Report of the Hyderabad Chloroform Commission
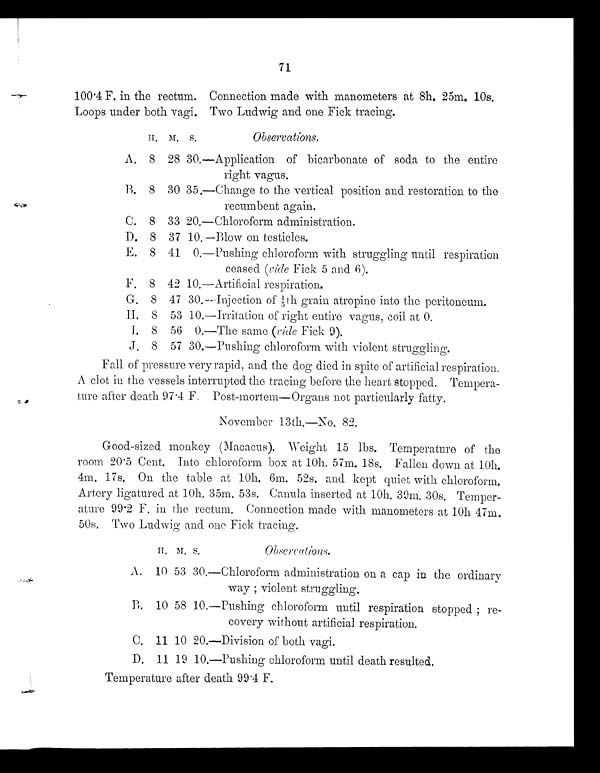
71
100.4 F. in the rectum. Connection made with manometers at 8h, 25m. 10s.
Loops under both vagi. Two Ludwig and one Fick tracing.
H .M. S.
Observations.
A. 8 28 30.—Application of bicarbonate of soda to the entire
right vagus.
B. 8 30 35.—Change to the vertical position and restoration to the
recumbent again.
C. 8 33 20.—Chloroform administration.
D. 8 37 10.—Blow on testicles.
E. 8 41 0.—Pushing chloroform with struggling until respiration
ceased (vide Fick. 5 and 6).
F. 8 42 10.—Artificial respiration.
G. 8 47 30.—Injection of 1/5 th grain atropine into the peritoneum
H.
8 53 10.—Irritation of right entire vagus, coil at 0.
I. 8 56 0.—The same ( vide Fick. 9).
J. 8 57 30.—Pushing chloroform with violent struggling.
Fall of pressure very rapid, and the dog died in spite of artificial respiration.
A clot in the vessels interrupted the tracing before the heart stopped. Tempera-
ture after death 97.4 F. Post-mortem-Organs not particularly fatty.
November 13th.—No. 82.
Good-sized monkey (Macacus). Weight 15 lbs. Temperature of the
room 20.5 Cent. Into chloroform box at 10h. 57m. 18s. Fallen down at 10h.
4m. 17s. On the table at 10h. Gm. 52s. and kept quiet with chloroform.
Artery ligatured at 10h. 35m. 53s. Canula inserted at 10h. 39m. 30s. Temper-
ature 99.2 F. in the rectum. Connection made with manometers at 10h 47m.
50s. Two Ludwig and one Fick tracing.
H . M .
s
O b s e r v a t i o n s .
A. 10 53 30.—Chloroform administration on a cap in the ordinary
way; violent struggling.
B. 10 58 10.—Pushing chloroform until respiration stopped; re-
covery without artificial respiration.
C. 11 10 20.—Division of both vagi.
D. 11 19 10.—Pushing chloroform until death resulted.
Temperature after death 99.4 F.